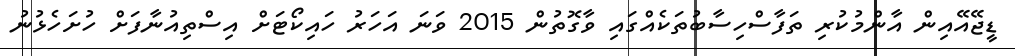
ޑީޖޭއޭއިން އާންމުކުރި ތަފާސްހިސާބުތަކެއްގައި ވާގޮތުން 2015 ވަނަ އަހަރު ހައިކޯޓަށް އިސްތިއުނާފަށް ހުށަހެޅުނު